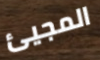
المجيئ